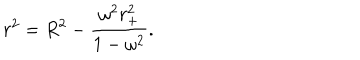
r ^ { 2 } = R ^ { 2 } - \frac { \omega ^ { 2 } r _ { + } ^ { 2 } } { 1 - \omega ^ { 2 } } .